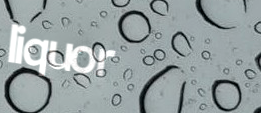
liquor